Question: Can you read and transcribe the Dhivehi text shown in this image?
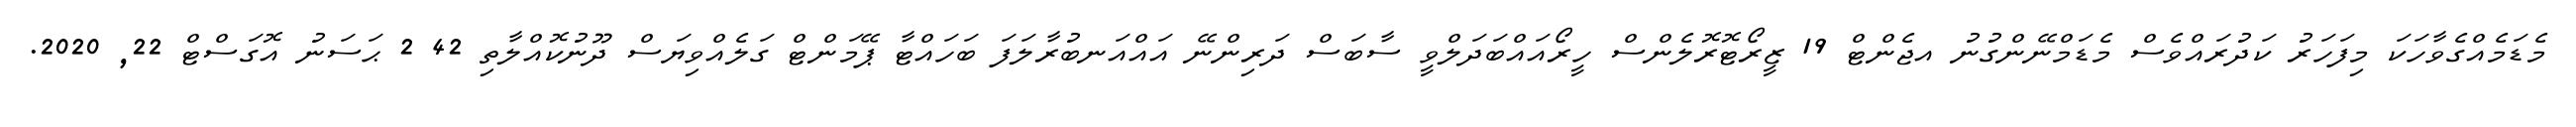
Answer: މެޑަމެއްގެވާހަކަ މިފަހަރު ކަދުރައްވެސް މެޑަމްނޭންގުނު އޖެންޓް 19 ޒީރޯޓޮރޮލެންސް ހީރޯއައްބަދަލްވީ ސާބަސް ދަރިންނޭ އައްއަނބުރާލަފަ ބަހައްޓާ ޕޭމަންޓް ގަލެއްވިޔަސް ދޫނުކޮއްލާތި 42 2 ޙަސަނު އޮގަސްޓް 22, 2020.